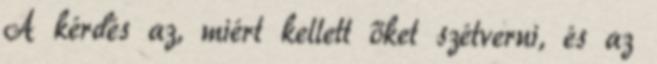
A kérdés az, miért kellett őket szétverni, és az